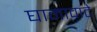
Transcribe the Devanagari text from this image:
घामावाटे